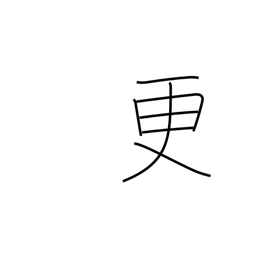
Meaning: renovate